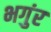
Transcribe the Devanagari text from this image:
भगुंर